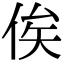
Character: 俟